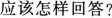
应该怎样回答?